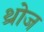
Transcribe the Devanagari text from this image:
थ्रोज